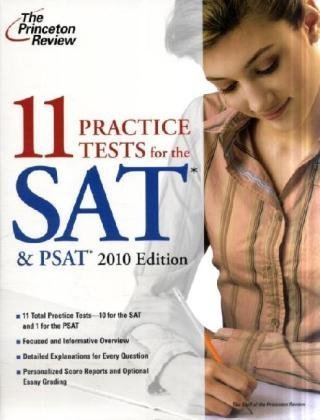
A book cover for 11 Practice Tests for the SAT & PSAT, 2010 Edition (College Test Preparation); Princeton Review; Test Preparation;